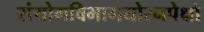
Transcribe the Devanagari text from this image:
संयोगविभागयोरनपेक्षो